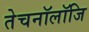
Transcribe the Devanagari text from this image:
तेचनॉलॉजि